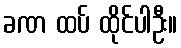
ခဏ ထပ် ထိုင်ပါဦး။